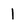
Character: 1